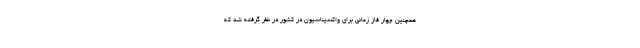
همچنین چهار فاز زمانی برای واکسیناسیون در کشور در نظر گرفته شد که